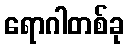
ရောဂါတစ်ခု